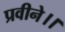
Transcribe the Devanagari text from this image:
प्रवीने।।